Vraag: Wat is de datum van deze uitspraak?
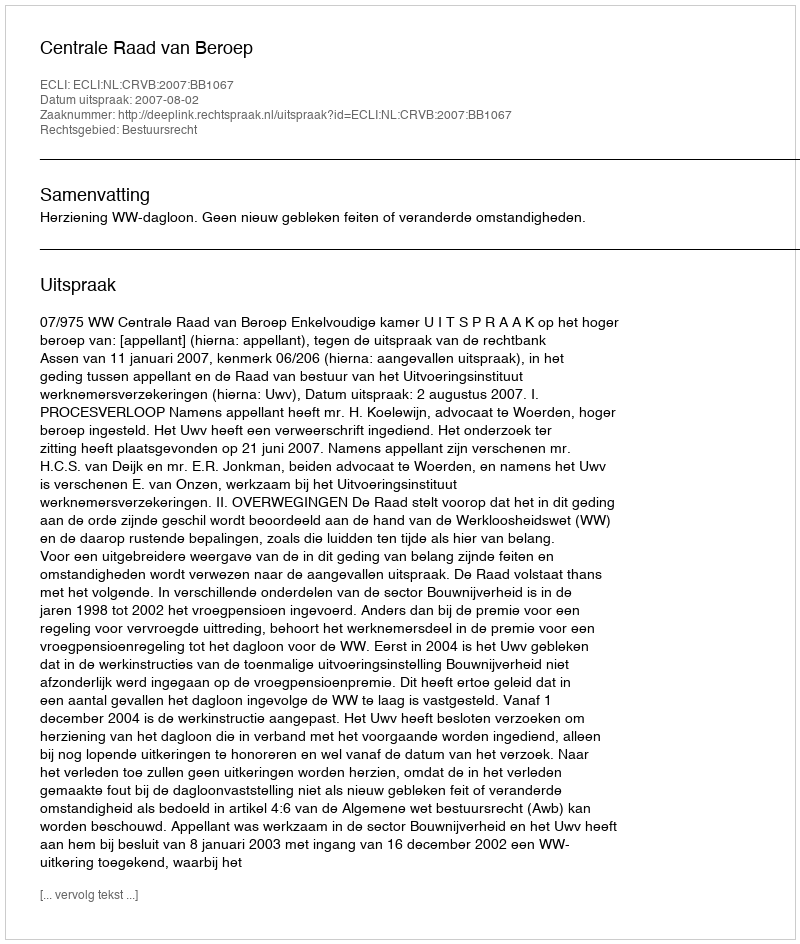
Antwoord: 2007-08-02